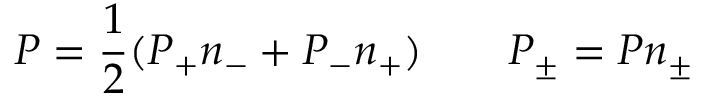
P = \frac { 1 } { 2 } ( P _ { + } n _ { - } + P _ { - } n _ { + } ) \qquad P _ { \pm } = P n _ { \pm }